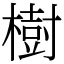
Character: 樹